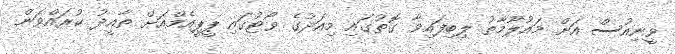
ވީނިއުސް އަށް މައުލޫމާތު ލިބިފައިވާ ގޮތުގައި މިއަދުގެ ވޯޓުގައި ޕީޕީއެމްއަށް ތާއީދު ކުރައްވަން